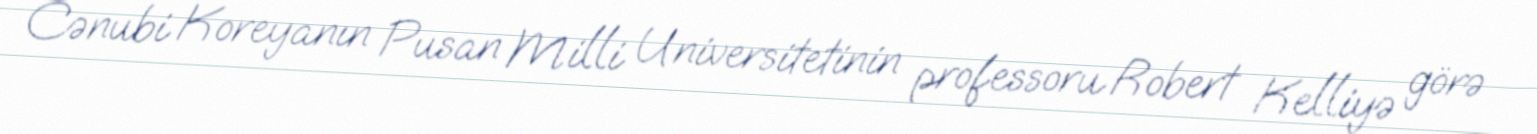
Cənubi Koreyanın Pusan Milli Universitetinin professoru Robert Kelliyə görə